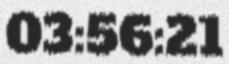
03:56:21